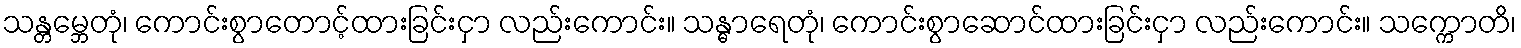
သန္တမ္ဘေတုံ၊ ကောင်းစွာတောင့်ထားခြင်းငှာ လည်းကောင်း။ သန္ဓာရေတုံ၊ ကောင်းစွာဆောင်ထားခြင်းငှာ လည်းကောင်း။ သက္ကောတိ၊